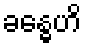
ခန္ဓေဟိ